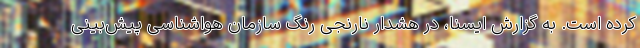
کرده است. به گزارش ایسنا، در هشدار نارنجی رنگ سازمان هواشناسی پیش‌بینی